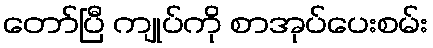
တော်ပြီ ကျုပ်ကို စာအုပ်ပေးစမ်း